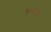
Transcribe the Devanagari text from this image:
सुन्गारीश